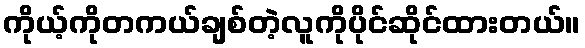
ကိုယ့်ကိုတကယ်ချစ်တဲ့လူကိုပိုင်ဆိုင်ထားတယ်။